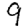
Digit: 9